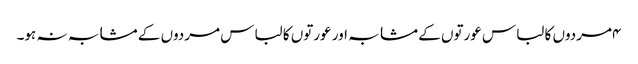
۴مردوں کا لباس عورتوں کے مشابہ اور عورتوں کا لباس مردوں کے مشابہ نہ ہو۔